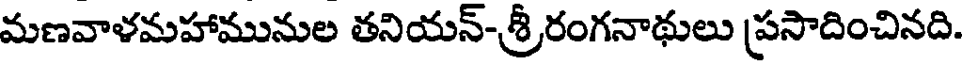
మణవాళమహామునుల తనియన్-శ్రీరంగనాథులు ప్రసాదించినది.